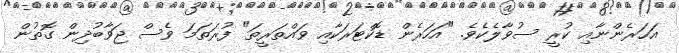
އަަހަރެންނާއި ކުރީ ސުވާލެކެވެ. "އަހަރެން ޑޮކްޓަރަކާއި ވައްތަރީތަ" ފުރަަތަމަ ވެސް ޖަވާބުދިން ގޮތުން